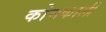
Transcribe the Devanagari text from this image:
कोमकाली